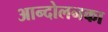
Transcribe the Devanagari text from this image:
आन्दोलनका